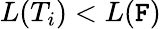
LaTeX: L(T_{i})<L(\mathtt{F})